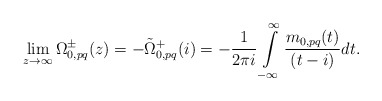
\begin{align*}\lim_{z\to\infty}\Omega^{\pm}_{0,pq}(z)=-\tilde\Omega^{+}_{0,pq}(i)=-\frac{1}{2 \pi i} \int\limits_{-\infty}^{\infty} \frac{m_{0,pq}(t) }{(t - i)}d t.\end{align*}